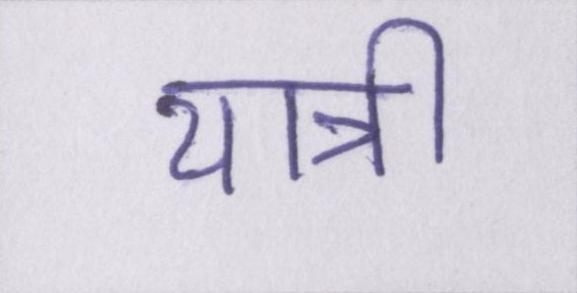
यात्री